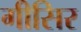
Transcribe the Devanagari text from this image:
गीसिर